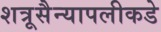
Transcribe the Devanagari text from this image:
शत्रूसैन्यापलीकडे